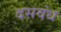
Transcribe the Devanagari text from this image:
दसवंध